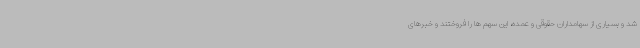
شد و بسیاری از سهامداران حقوقی و عمده، این سهم ها را فروختند و خبرهای